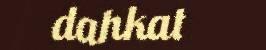
dahkat